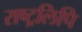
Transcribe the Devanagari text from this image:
राष्ट्रलिपि